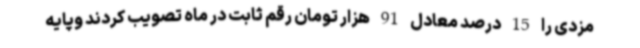
مزدی را 15 درصد معادل 91 هزار تومان رقم ثابت در ماه تصویب کردند وپایه